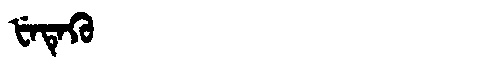
Manchu: ᡶᡝᡨᡝᡴᡠ
Romanization: FETEKU